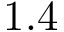
1 . 4